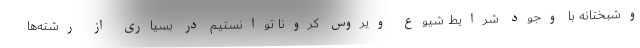
وشبختانه با وجود شرایط شیوع ویروس کرونا توانستیم در بسیاری از رشته‌ها